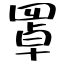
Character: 罩